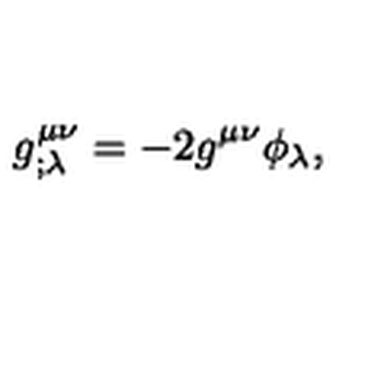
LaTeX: g _ { ; \lambda } ^ { \mu \nu } = - 2 g ^ { \mu \nu } \phi _ { \lambda } ,